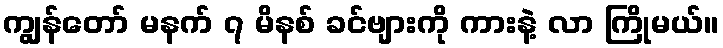
ကျွန်တော် မနက် ၇ မိနစ် ခင်ဗျားကို ကားနဲ့ လာ ကြိုမယ်။